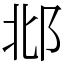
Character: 邶